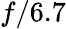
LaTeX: f/6.7